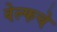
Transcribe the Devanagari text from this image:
वेल्फचे